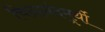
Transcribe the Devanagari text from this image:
चिदानंदमूर्थी